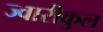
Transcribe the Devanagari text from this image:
ज्वारीकुल